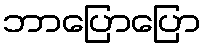
ဘာပြောပြော